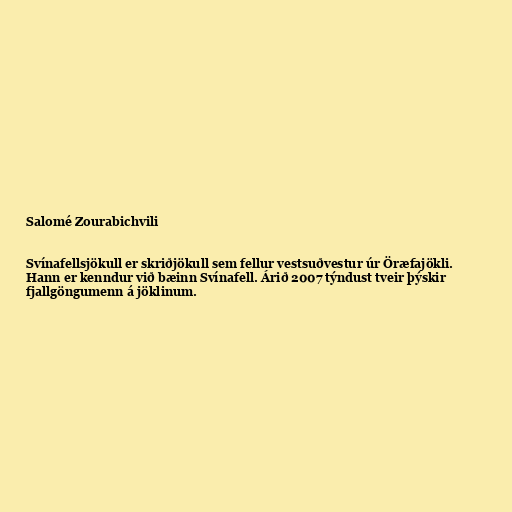
Salomé Zourabichvili

Svínafellsjökull er skriðjökull sem fellur vestsuðvestur úr Öræfajökli.
Hann er kenndur við bæinn Svínafell. Árið 2007 týndust tveir þýskir
fjallgöngumenn á jöklinum.